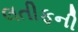
લતીફની